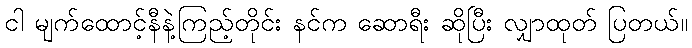
ငါ မျက်ထောင့်နီနဲ့ကြည့်တိုင်း နင်က ဆောရီး ဆိုပြီး လျှာထုတ် ပြတယ်။